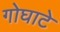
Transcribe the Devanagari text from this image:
गोघाटे